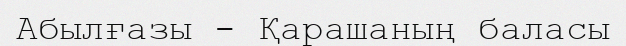
Абылғазы - Қарашаның баласы